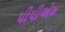
પીપીએમ